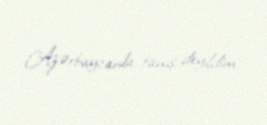
Azərbaycanla tanış deyildim.